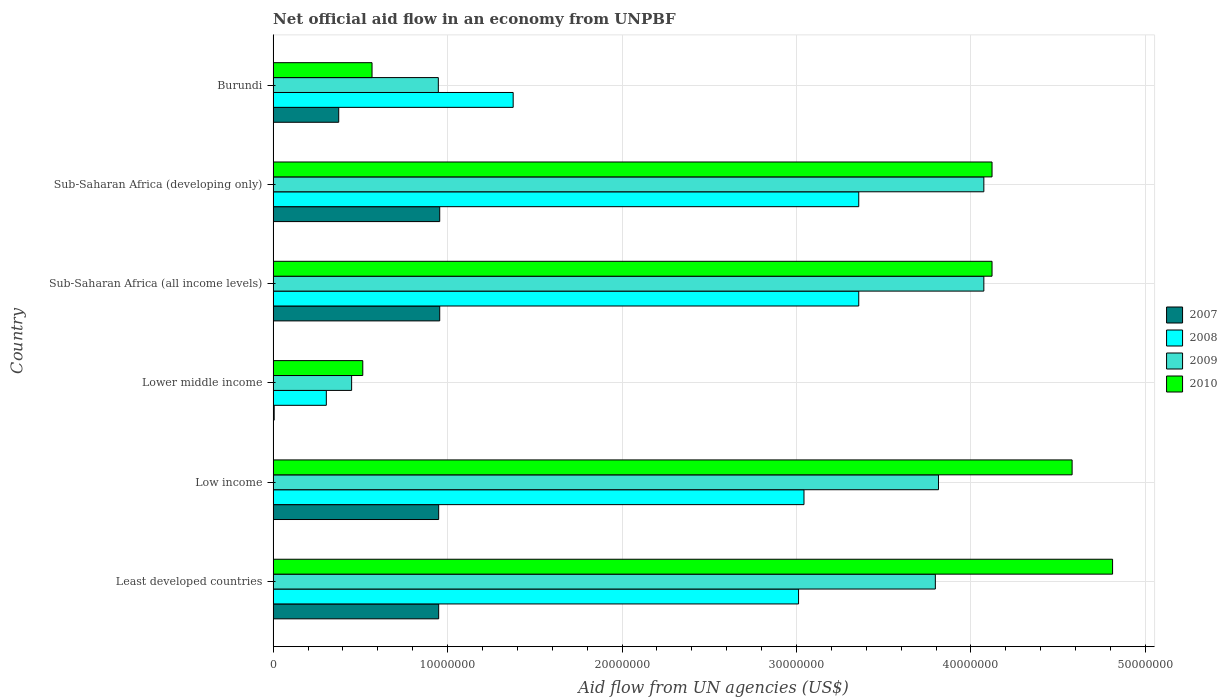
| Country | 2007 | 2008 | 2009 | 2010 |
 | --- | --- | --- | --- | --- |
 | Least developed countries | 9.49e+06 | 3.01e+07 | 3.8e+07 | 4.81e+07 |
 | Low income | 9.49e+06 | 3.04e+07 | 3.81e+07 | 4.58e+07 |
 | Lower middle income | 6e+04 | 3.05e+06 | 4.5e+06 | 5.14e+06 |
 | Sub-Saharan Africa (all income levels) | 9.55e+06 | 3.36e+07 | 4.07e+07 | 4.12e+07 |
 | Sub-Saharan Africa (developing only) | 9.55e+06 | 3.36e+07 | 4.07e+07 | 4.12e+07 |
 | Burundi | 3.76e+06 | 1.38e+07 | 9.47e+06 | 5.67e+06 |